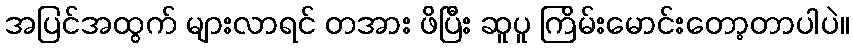
အပြင်အထွက် များလာရင် တအား ဖိပြီး ဆူပူ ကြိမ်းမောင်းတော့တာပါပဲ။